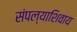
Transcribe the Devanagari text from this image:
संपल्याशिवाय